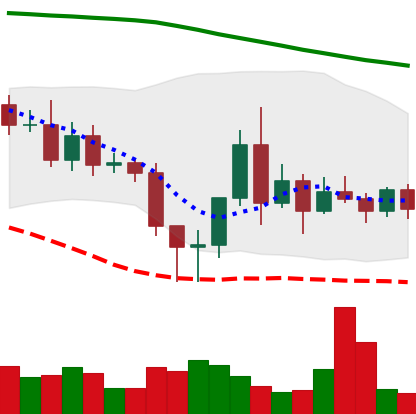
Ticker: ETC-USD
Chart end date: 2020-11-14
Forward return: 17.487%
Label: up_7plus